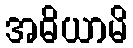
အဓိယာမိ